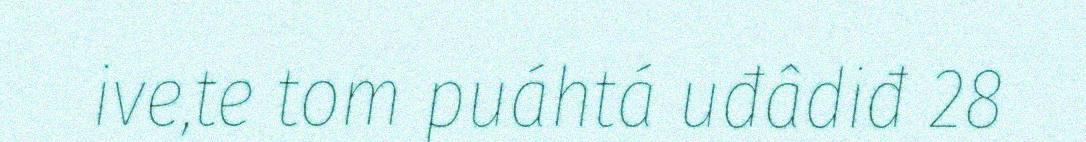
ive,te tom puáhtá uđâdiđ 28